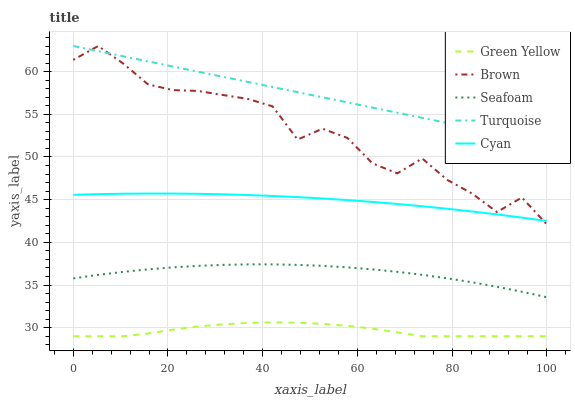
| xaxis_label | Green Yellow | Brown | Seafoam | Turquoise | Cyan |
 | --- | --- | --- | --- | --- | --- |
 | 0 | 29 | 61.4 | 35.8 | 63 | 45.6 |
 | 5.26 | 29 | 63 | 36.2 | 62.4 | 45.6 |
 | 10.5 | 29 | 61 | 36.5 | 61.8 | 45.7 |
 | 15.8 | 29.3 | 58.5 | 36.8 | 61.2 | 45.7 |
 | 21.1 | 29.8 | 57.8 | 37.1 | 60.6 | 45.7 |
 | 26.3 | 30.1 | 57.7 | 37.2 | 60 | 45.7 |
 | 31.6 | 30.4 | 57.3 | 37.4 | 59.4 | 45.6 |
 | 36.8 | 30.6 | 56.8 | 37.4 | 58.8 | 45.5 |
 | 42.1 | 30.6 | 55.9 | 37.4 | 58.2 | 45.4 |
 | 47.4 | 30.6 | 52 | 37.4 | 57.6 | 45.3 |
 | 52.6 | 30.5 | 53.3 | 37.2 | 57 | 45.1 |
 | 57.9 | 30.2 | 52.2 | 37.1 | 56.4 | 45 |
 | 63.2 | 29.9 | 49.3 | 36.8 | 55.8 | 44.7 |
 | 68.4 | 29.5 | 48.1 | 36.5 | 55.2 | 44.5 |
 | 73.7 | 29 | 49.8 | 36.2 | 54.6 | 44.2 |
 | 78.9 | 29 | 47.3 | 35.8 | 54 | 43.9 |
 | 84.2 | 29 | 45.7 | 35.3 | 53.4 | 43.6 |
 | 89.5 | 29 | 43.5 | 34.8 | 52.8 | 43.3 |
 | 94.7 | 29 | 45.3 | 34.2 | 52.2 | 42.9 |
 | 100 | 29 | 42.1 | 33.6 | 51.6 | 42.5 |